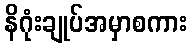
နိဂုံးချုပ်အမှာစကား